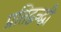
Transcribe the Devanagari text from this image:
प्रतिद्वन्द्धी